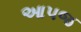
આપજ